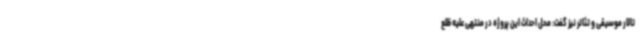
تالار موسیقی و تئاتر نیز گفت: محل احداث این پروژه در منتهی علیه ظلع